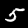
Label: 5